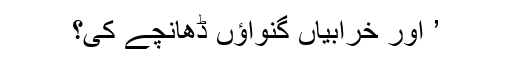
’ اور خرابیاں گنواؤں ڈھانچے کی؟